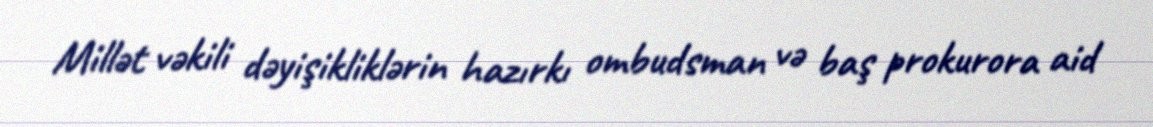
Millət vəkili dəyişikliklərin hazırkı ombudsman və baş prokurora aid